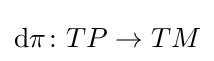
{\mathrm {d} }\pi \colon TP\to TM